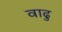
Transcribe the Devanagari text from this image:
वाढु